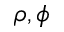
\rho , \phi